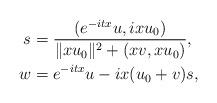
LaTeX: \begin{align*}s &= \frac{(e^{-itx}u,ixu_0)}{\|xu_0\|^2 + (xv,xu_0)}, \\w &=e^{-itx} u - ix (u_0 + v)s,\end{align*}